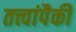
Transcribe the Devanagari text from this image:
तत्त्वांपैकी